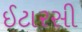
ઈટારસી